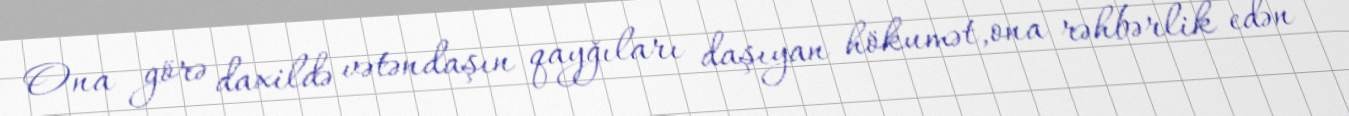
Ona görə daxildə vətəndaşın qayğıları daşıyan hökumət,ona rəhbərlik edən